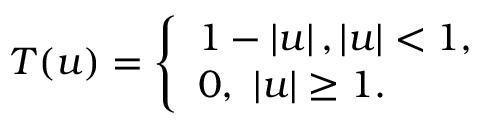
T ( u ) = \left\{ \begin{array} { l l } { 1 - \left| u \right| , \left| u \right| < 1 , } \\ { 0 , \ \left| u \right| \geq 1 . } \end{array} \right.